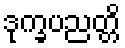
ဒုက္ခပညတ္တိ